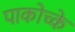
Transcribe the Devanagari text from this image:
पाकोच्के